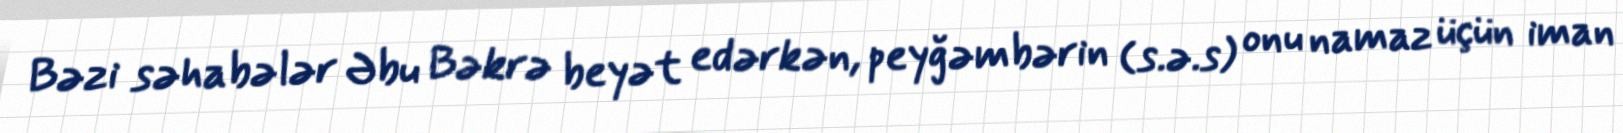
Bəzi səhabələr Əbu Bəkrə beyət edərkən, peyğəmbərin (s.ə.s) onu namaz üçün iman